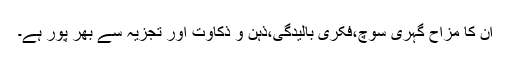
ان کا مزاح گہری سوچ،فکری بالیدگی،ذہن و ذکاوت اور تجزیہ سے بھر پور ہے۔